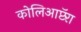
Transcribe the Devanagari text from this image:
कोलिआप्टॅरा